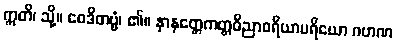
ဣတိ၊ သို့။ ဝေဒိတဗ္ဗံ၊ ၏။ နာနတ္တေကတ္တဝိညာစရိယာပရိယော ဂဟဏ